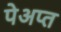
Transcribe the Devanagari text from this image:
पेअप्त